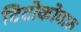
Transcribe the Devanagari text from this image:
टिटोकोवारु